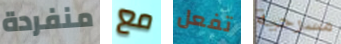
منفردة مع تفعل مسرحية